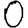
Digit: 0